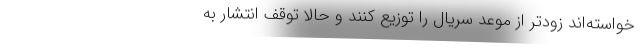
خواسته‌اند زودتر از موعد سریال را توزیع کنند و حالا توقف انتشار به